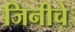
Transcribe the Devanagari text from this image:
जिनीचे